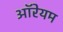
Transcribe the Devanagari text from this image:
ऑरेयम